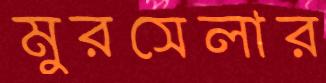
মুরসেলার